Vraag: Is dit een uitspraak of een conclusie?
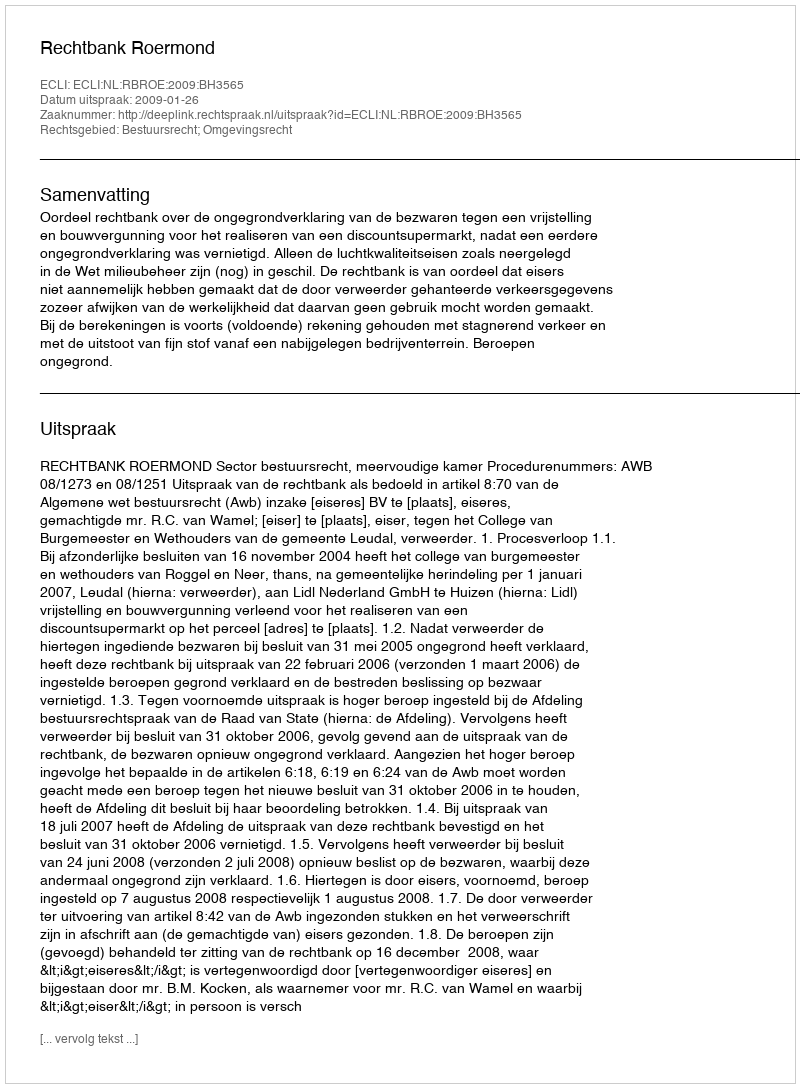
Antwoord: Uitspraak